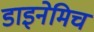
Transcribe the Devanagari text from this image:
डाइनेमिच